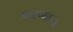
કારબાઇડ